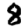
Digit: 8